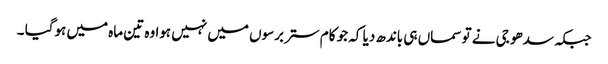
جبکہ سدھو جی نے تو سماں ہی باندھ دیا کہ جو کام ستر برسوں میں نہیں ہوا وہ تین ماہ میں ہوگیا ۔